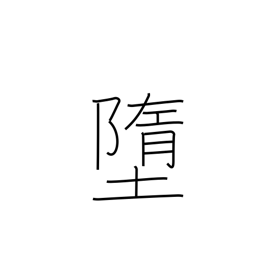
Meaning: descend to